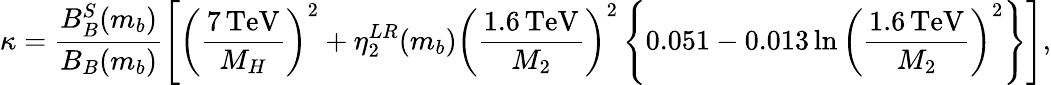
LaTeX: \kappa=\frac{B_{B}^{S}(m_{b})}{B_{B}(m_{b})}\left[\left(\frac{7\, \mathrm{TeV}}{M_{H}}\right)^{2}+\eta_{2}^{LR}(m_{b})\left(\frac{1.6\, \mathrm{TeV}}{M_{2}}\right)^{2}\left\{ 0.051-0.013\ln\left(\frac{1.6\, \mathrm{TeV}}{M_{2}}\right)^{2}\right\} \right],